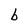
Character: b